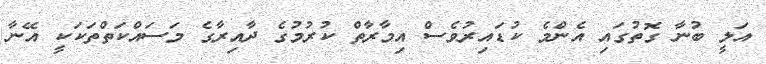
އަލީ ބުނާ ގޮތުގައި އެންމެ ކުޑައިރުވެސް އިމާރާތް ކުރުމުގެ ދާއިރާގެ މަސައްކަތްތަކަކީ އޭނާ